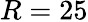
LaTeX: R=25